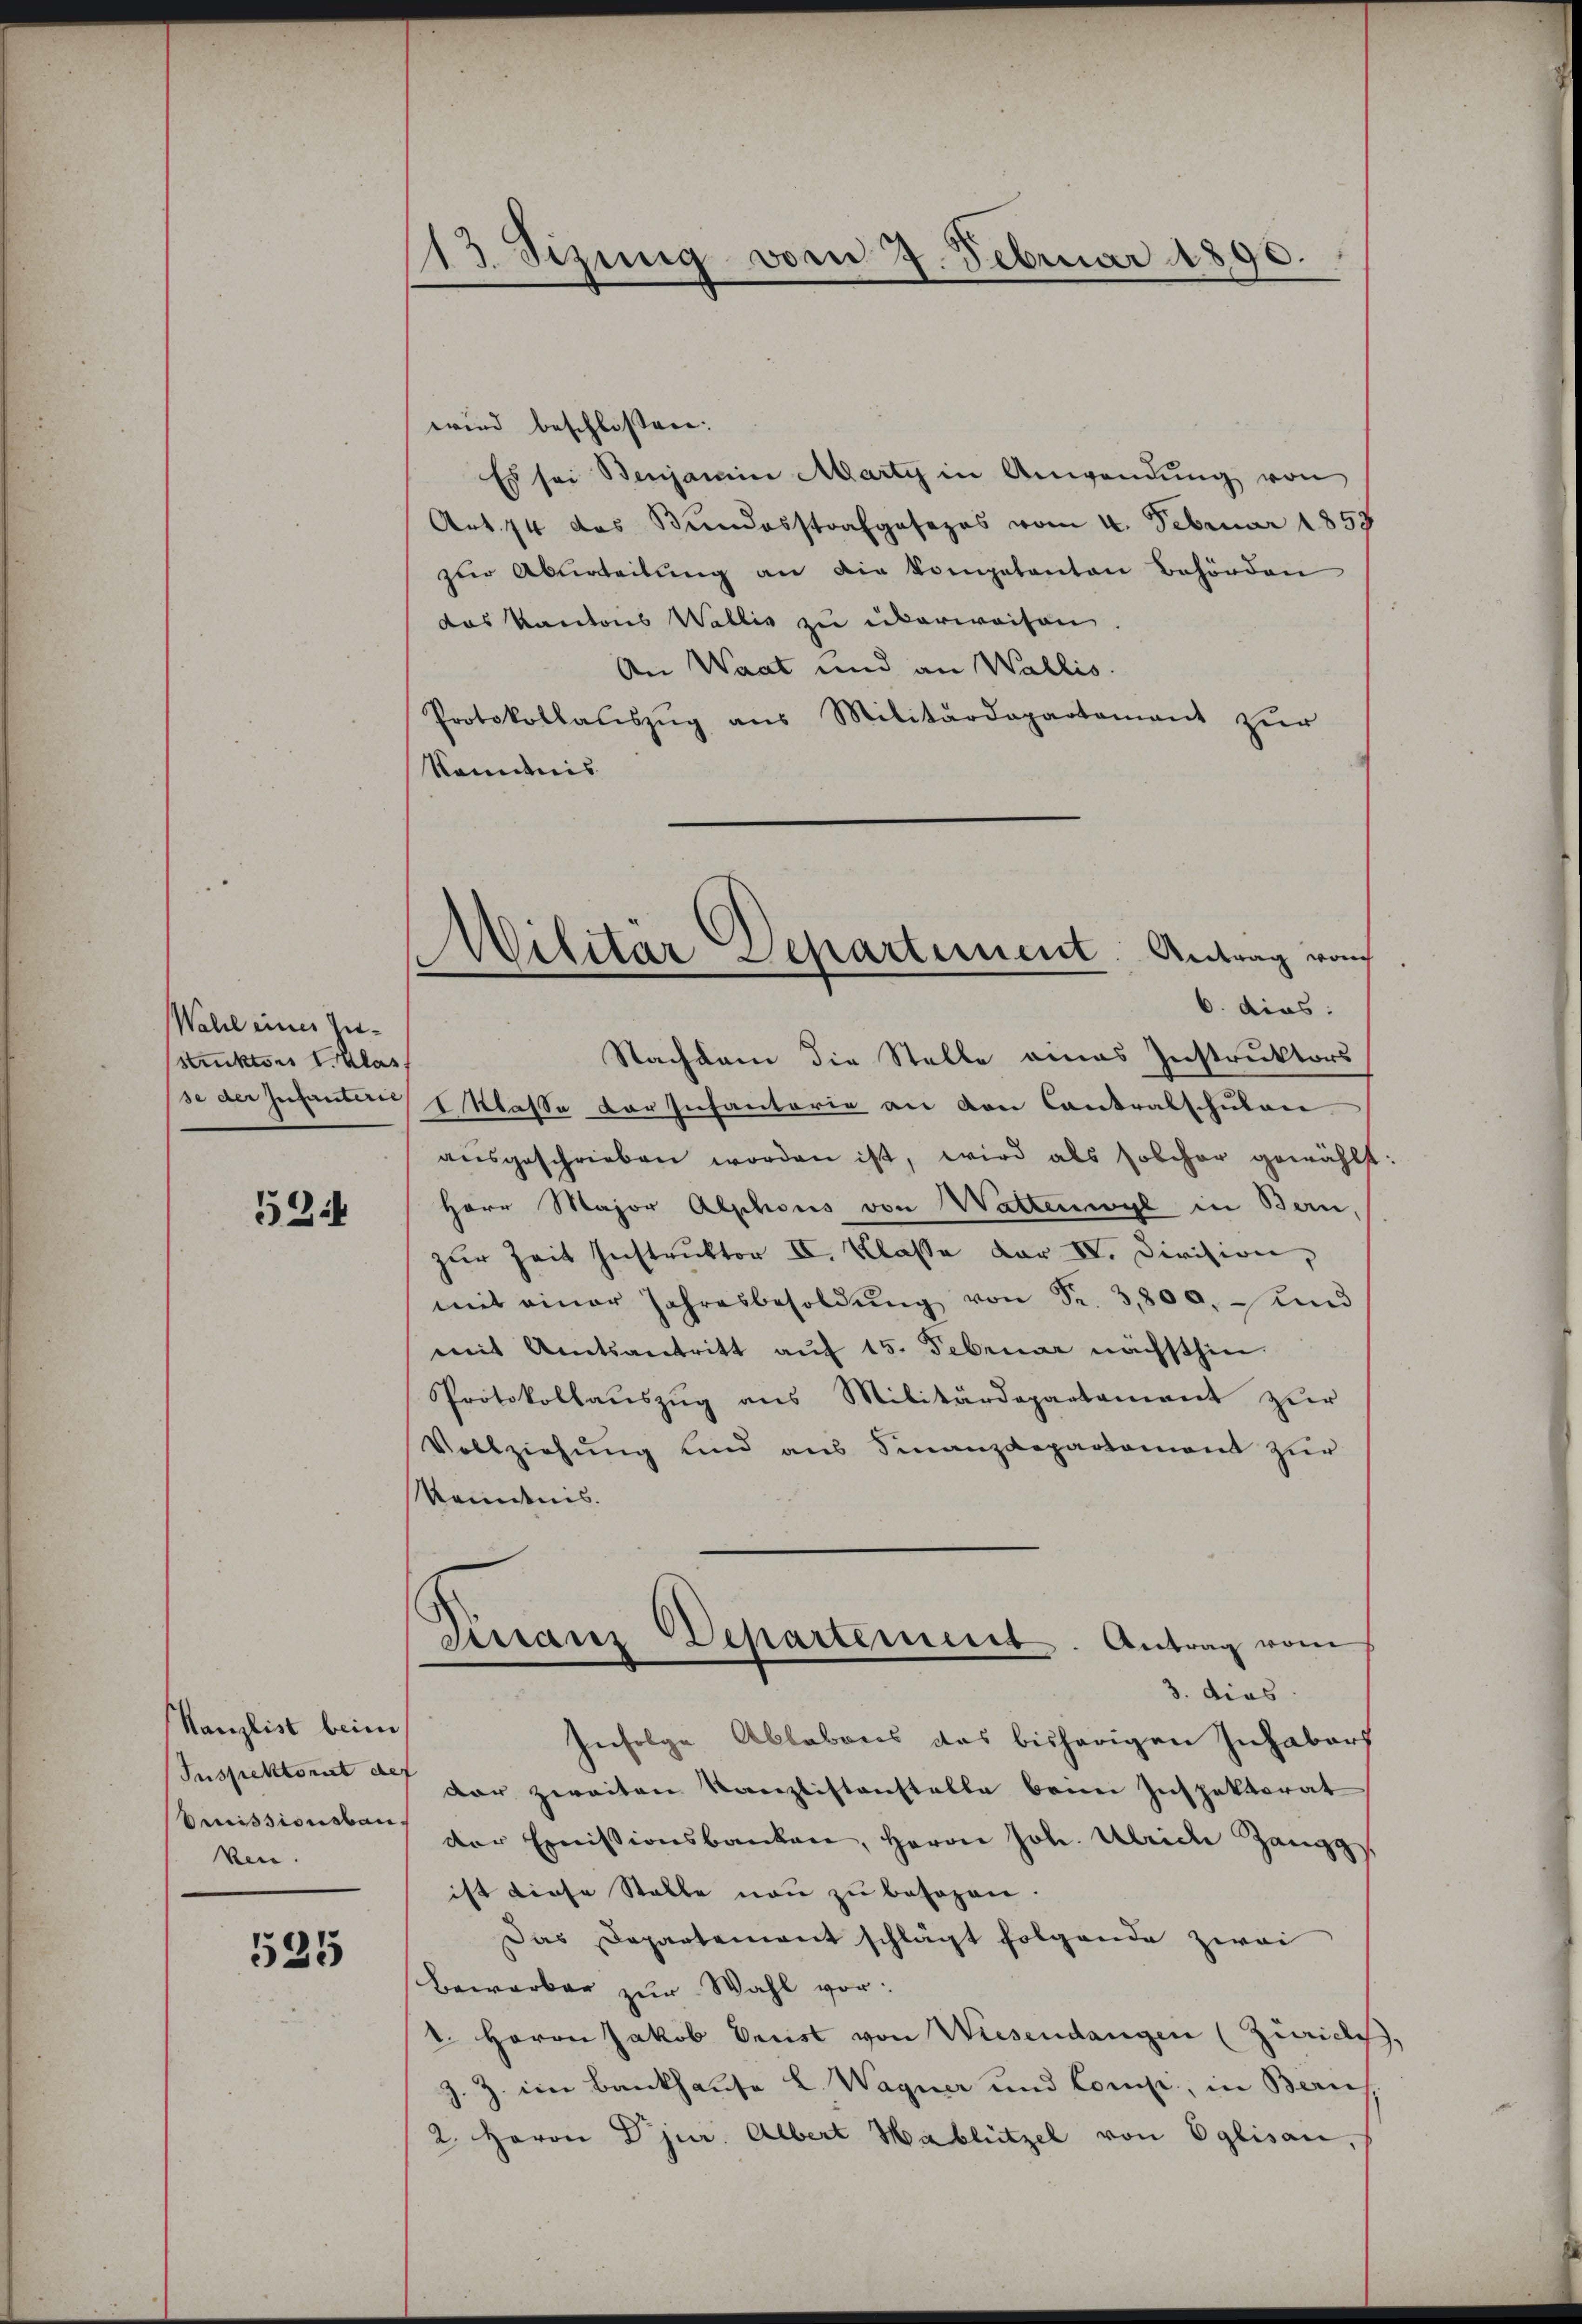
Wahl eines Zu¬
Struktors I. Klas

524

Kanzlist beim
Suspektorat def
ken.

525

113. Sizung vom 27. Februar 1890.

Militar Separtement. Antrag von
6. dies:

wird beschlossen:
Es sei Benjamin Marty in Anwendŭng von
Art. 74 des Bundesstrafgesezes vom 4. Februar 1858
zur Aburteilung an die kompetenten Behörden
das Kantons Wallis zu überweisen.
An Waat und an Wallis.
Protokollaŭszŭg ans Militärdepartement zŭr
känntnis
Nachdem die Stelle eines Instruktors
pse der Infanten I Klasse der Infantorie an von Cantralschulan
aŭsgeschrieben worden ist, wird als solcher gewählt:
Herr Major Alphons von Wattenwyl in Bern,
zur Zeit Instruktor III. Klasse der IV. Division,
mit einer Jahresbesoldŭng von Fr. 3,800, und
mit Amtsantritt aŭf 15. Februar nächsthin.
Protokollaŭszŭg ans Militärdepartament zŭr
Vollziehung und aus Finanzdepartement zur
Kenntnis.
Finanz Departement. Antrag vom
3. dies
Infolge Ablebens das bisherigen Inhabarf
dar zweiten Kanzlistenstelle beim Inspektorat
bmissioneten vor Emissionsbanken, Herrn Joh. Ulriche Zangg
ist diese Stelle non zu besagen.
Das Departement schlägt folgende zwei
Bewerber zur Wahl vor:
1. Herrn Jakob Grist von Wiesendangen (Züriches.
Z. eine Bankhause L. Wagner und Compi, in Bern
2. Herrn Dr jur. Albert Hablützel von Eglisau,